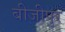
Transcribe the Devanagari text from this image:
बीजीपुर